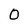
Character: O